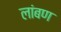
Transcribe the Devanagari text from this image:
लांबण